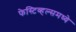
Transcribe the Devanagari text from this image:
फेस्टिव्हल्समध्ये